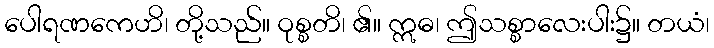
ပေါရဏကေဟိ၊ တို့သည်။ ဝုစ္စတိ၊ ၏။ ဣဓ၊ ဤသစ္စာလေးပါး၌။ တယံ၊